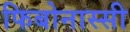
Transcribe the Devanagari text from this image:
फिबोनास्सी